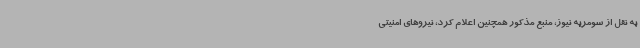
به نقل از سومریه نیوز، منبع مذکور همچنین اعلام کرد، نیروهای امنیتی